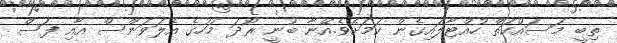
ތިބީ މަސައްކަތް ހުއްޓާލައިގެން ކަމަށެވެ.އޭނާ ބުނީ ރޯދަ މަހުގެ އެލަވަންސް އާއި ފަސް